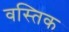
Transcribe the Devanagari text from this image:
वस्तिक